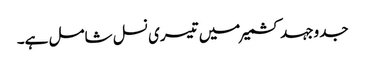
جدوجہد کشمیر میں تیسری نسل شامل ہے۔